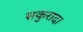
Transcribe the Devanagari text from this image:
सकुरादा